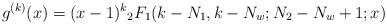
LaTeX: \begin{align*}g^{(k)}(x)=(x-1)^{k}{}_{2}F_{1}(k-N_{1},k-N_{w};N_{2}-N_{w}+1;x)\end{align*}